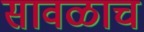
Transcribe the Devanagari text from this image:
सावळाच